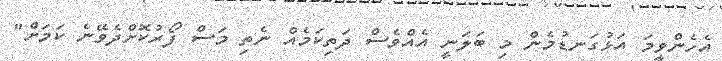
އެހެންވީމަ އަޅުގަނޑުމެން މި ބަލަނީ އެއްވެސް ދަތިކަމެއް ނެތި މަސް ފޯރުކޮށްދެވޭނެ ކަމަށް"